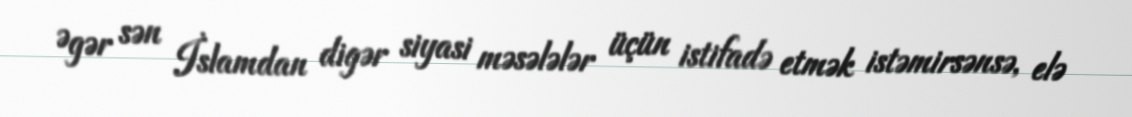
Əgər sən İslamdan digər siyasi məsələlər üçün istifadə etmək istəmirsənsə, elə